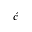
\acute { c }